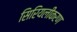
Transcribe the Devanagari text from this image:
सिरियलीकरण